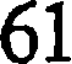
61